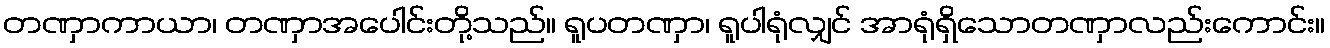
တဏှာကာယာ၊ တဏှာအပေါင်းတို့သည်။ ရူပတဏှာ၊ ရူပါရုံလျှင် အာရုံရှိသောတဏှာလည်းကောင်း။